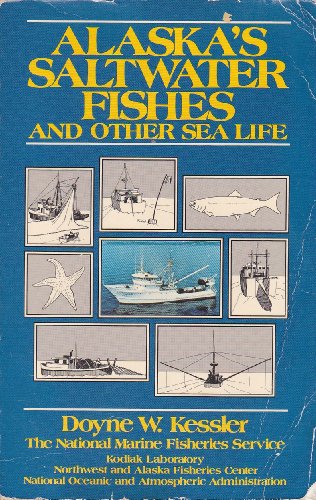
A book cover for Alaska's Saltwater Fishes and Other Sea Life: A Field Guide; Doyne W. Kessler; Sports & Outdoors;